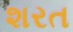
શરત